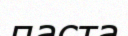
паста